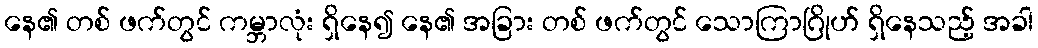
နေ၏ တစ် ဖက်တွင် ကမ္ဘာလုံး ရှိနေ၍ နေ၏ အခြား တစ် ဖက်တွင် သောကြာဂြိုဟ် ရှိနေသည့် အခါ